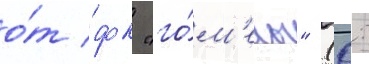
о́т фк "го́м'ель" (0: